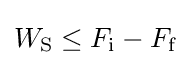
W_{\text{S}}\leq F_{\text{i}}-F_{\text{f}}